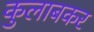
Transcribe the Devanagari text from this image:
कुलाबकर